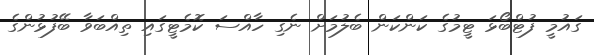
ގައުމީ ފުޓްބޯޅަ ޓީމުގެ ކަންކަން ބެލުމަށް ނެގި ހާއްސަ ކޮމެޓީގައި ތިއްބަވާ ބޭފުޅުންގެ